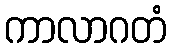
ကာလာဂတံ